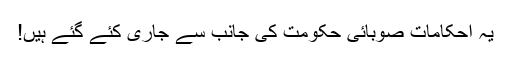
یہ احکامات صوبائی حکومت کی جانب سے جاری کئے گئے ہیں!